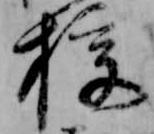
授